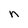
Character: n